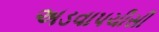
અડવાપચીસી